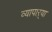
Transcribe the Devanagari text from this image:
व्यापाऱ्या